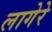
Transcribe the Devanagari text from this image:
लागेरे